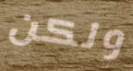
ولكن